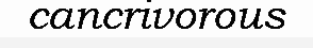
cancrivorous